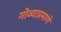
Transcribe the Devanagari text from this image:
गोव्याप्रमाणे